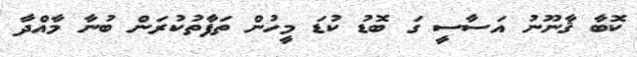
ކޮބާ ޤާނޫނު އަސާސީ ގަ ބޮޑު ކުޑަ މީހުން ތަފާތުކުރަން ބުނާ މާއްދާ